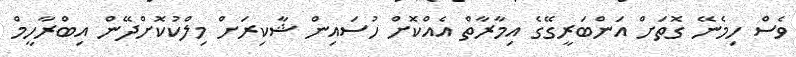
ވެސް ހިމެނޭ ގޮތަށް އަންބަރީގޭގެ އިމާރާތް އެއްކޮށް ހުސައިން ޝާކިރަށް މިލްކުކޮށްދޭން އިބްރާހީމް